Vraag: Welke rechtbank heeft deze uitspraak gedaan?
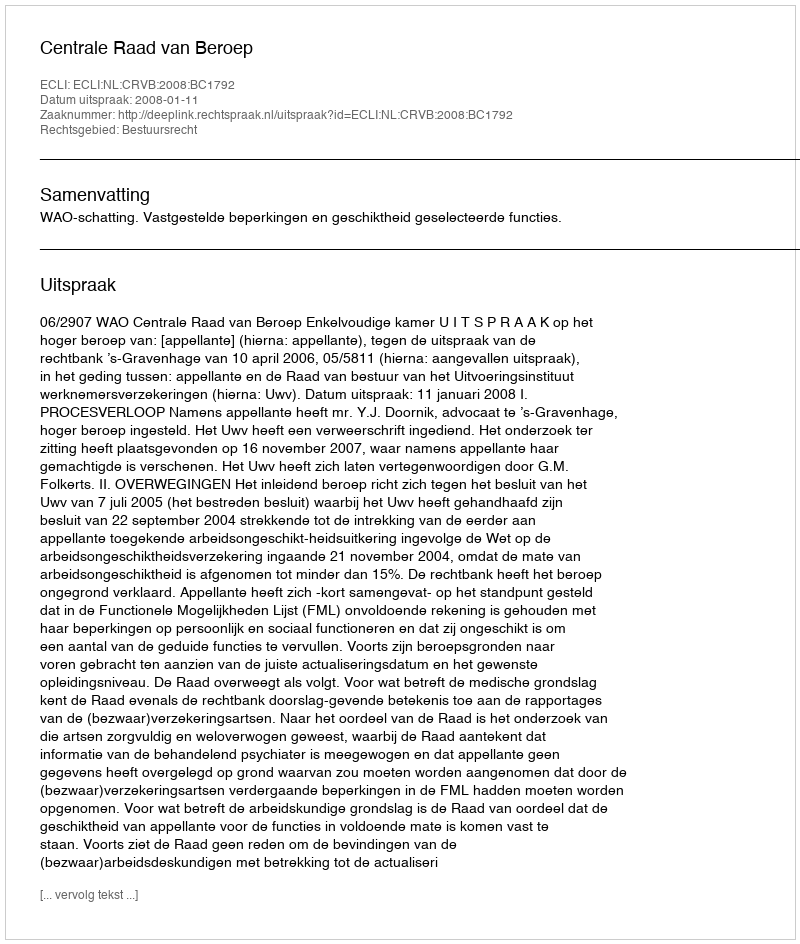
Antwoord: Centrale Raad van Beroep